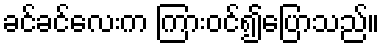
ခင်ခင်လေးက ကြားဝင်၍ပြောသည်။